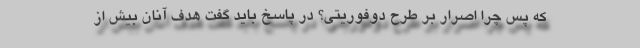
که پس چرا اصرار بر طرح دوفوریتی؟‌ در پاسخ باید گفت هدف آنان بیش از